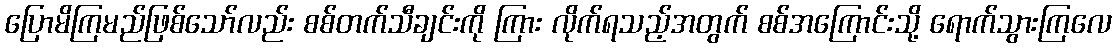
ပြောမိကြမည်ဖြစ်သော်လည်း စစ်တက်သီချင်းကို ကြား လိုက်ရသည့်အတွက် စစ်အကြောင်းသို့ ရောက်သွားကြလေ